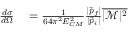
\begin{array} { r l } { { \frac { d \sigma } { d \Omega } } } & { { } = { \frac { 1 } { 6 4 \pi ^ { 2 } E _ { C M } ^ { 2 } } } { \frac { | { \vec { p } } _ { f } | } { | { \vec { p } } _ { i } | } } { \overline { { | { \mathcal { M } } | ^ { 2 } } } } } \end{array}